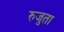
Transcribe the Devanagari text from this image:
रुजुता